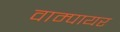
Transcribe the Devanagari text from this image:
वाम्पायर